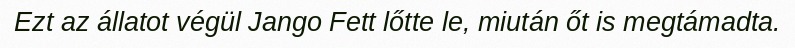
Ezt az állatot végül Jango Fett lőtte le, miután őt is megtámadta.